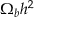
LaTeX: \Omega _ { b } h ^ { 2 }